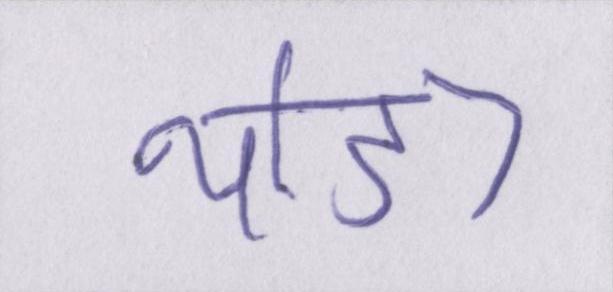
थोड़ा